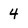
Character: 4